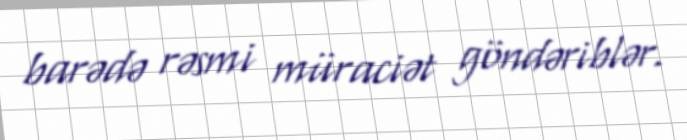
barədə rəsmi müraciət göndəriblər.